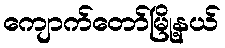
ကျောက်တော်မြို့နယ်